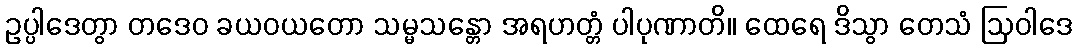
ဥပ္ပါဒေတွာ တဒေဝ ခယဝယတော သမ္မသန္တော အရဟတ္တံ ပါပုဏာတိ။ ထေရေ ဒိသွာ တေသံ ဩဝါဒေ